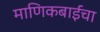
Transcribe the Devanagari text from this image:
माणिकबाईंचा